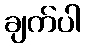
ချက်ပါ